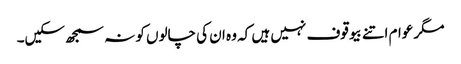
مگر عوام اتنے بیوقوف نہیں ہیں کہ وہ ان کی چالوں کو نہ سمجھ سکیں۔